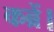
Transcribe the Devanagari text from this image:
कब्रें।